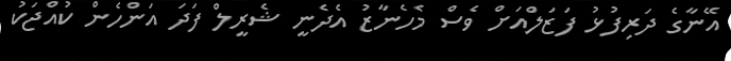
އޭނާގެ ދަރިފުޅު ފަޒަލްއަށް ވެސް މެހެނާޒު އެދެނީ ޝެރީލް ފަދަ އަންހެން ކުއްޖަކު